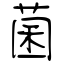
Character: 菌